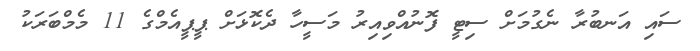
ސައި އަނބުރާ ނެގުމަށް ސިޓީ ފޮނުއްވިއިރު މަސީހާ ދެކޮޅަށް ޕީޕީއެމްގެ 11 މެމްބަރަކު